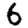
Digit: 6